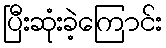
ပြီးဆုံးခဲ့ကြောင်း